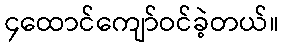
၄ထောင်ကျော်ဝင်ခဲ့တယ်။